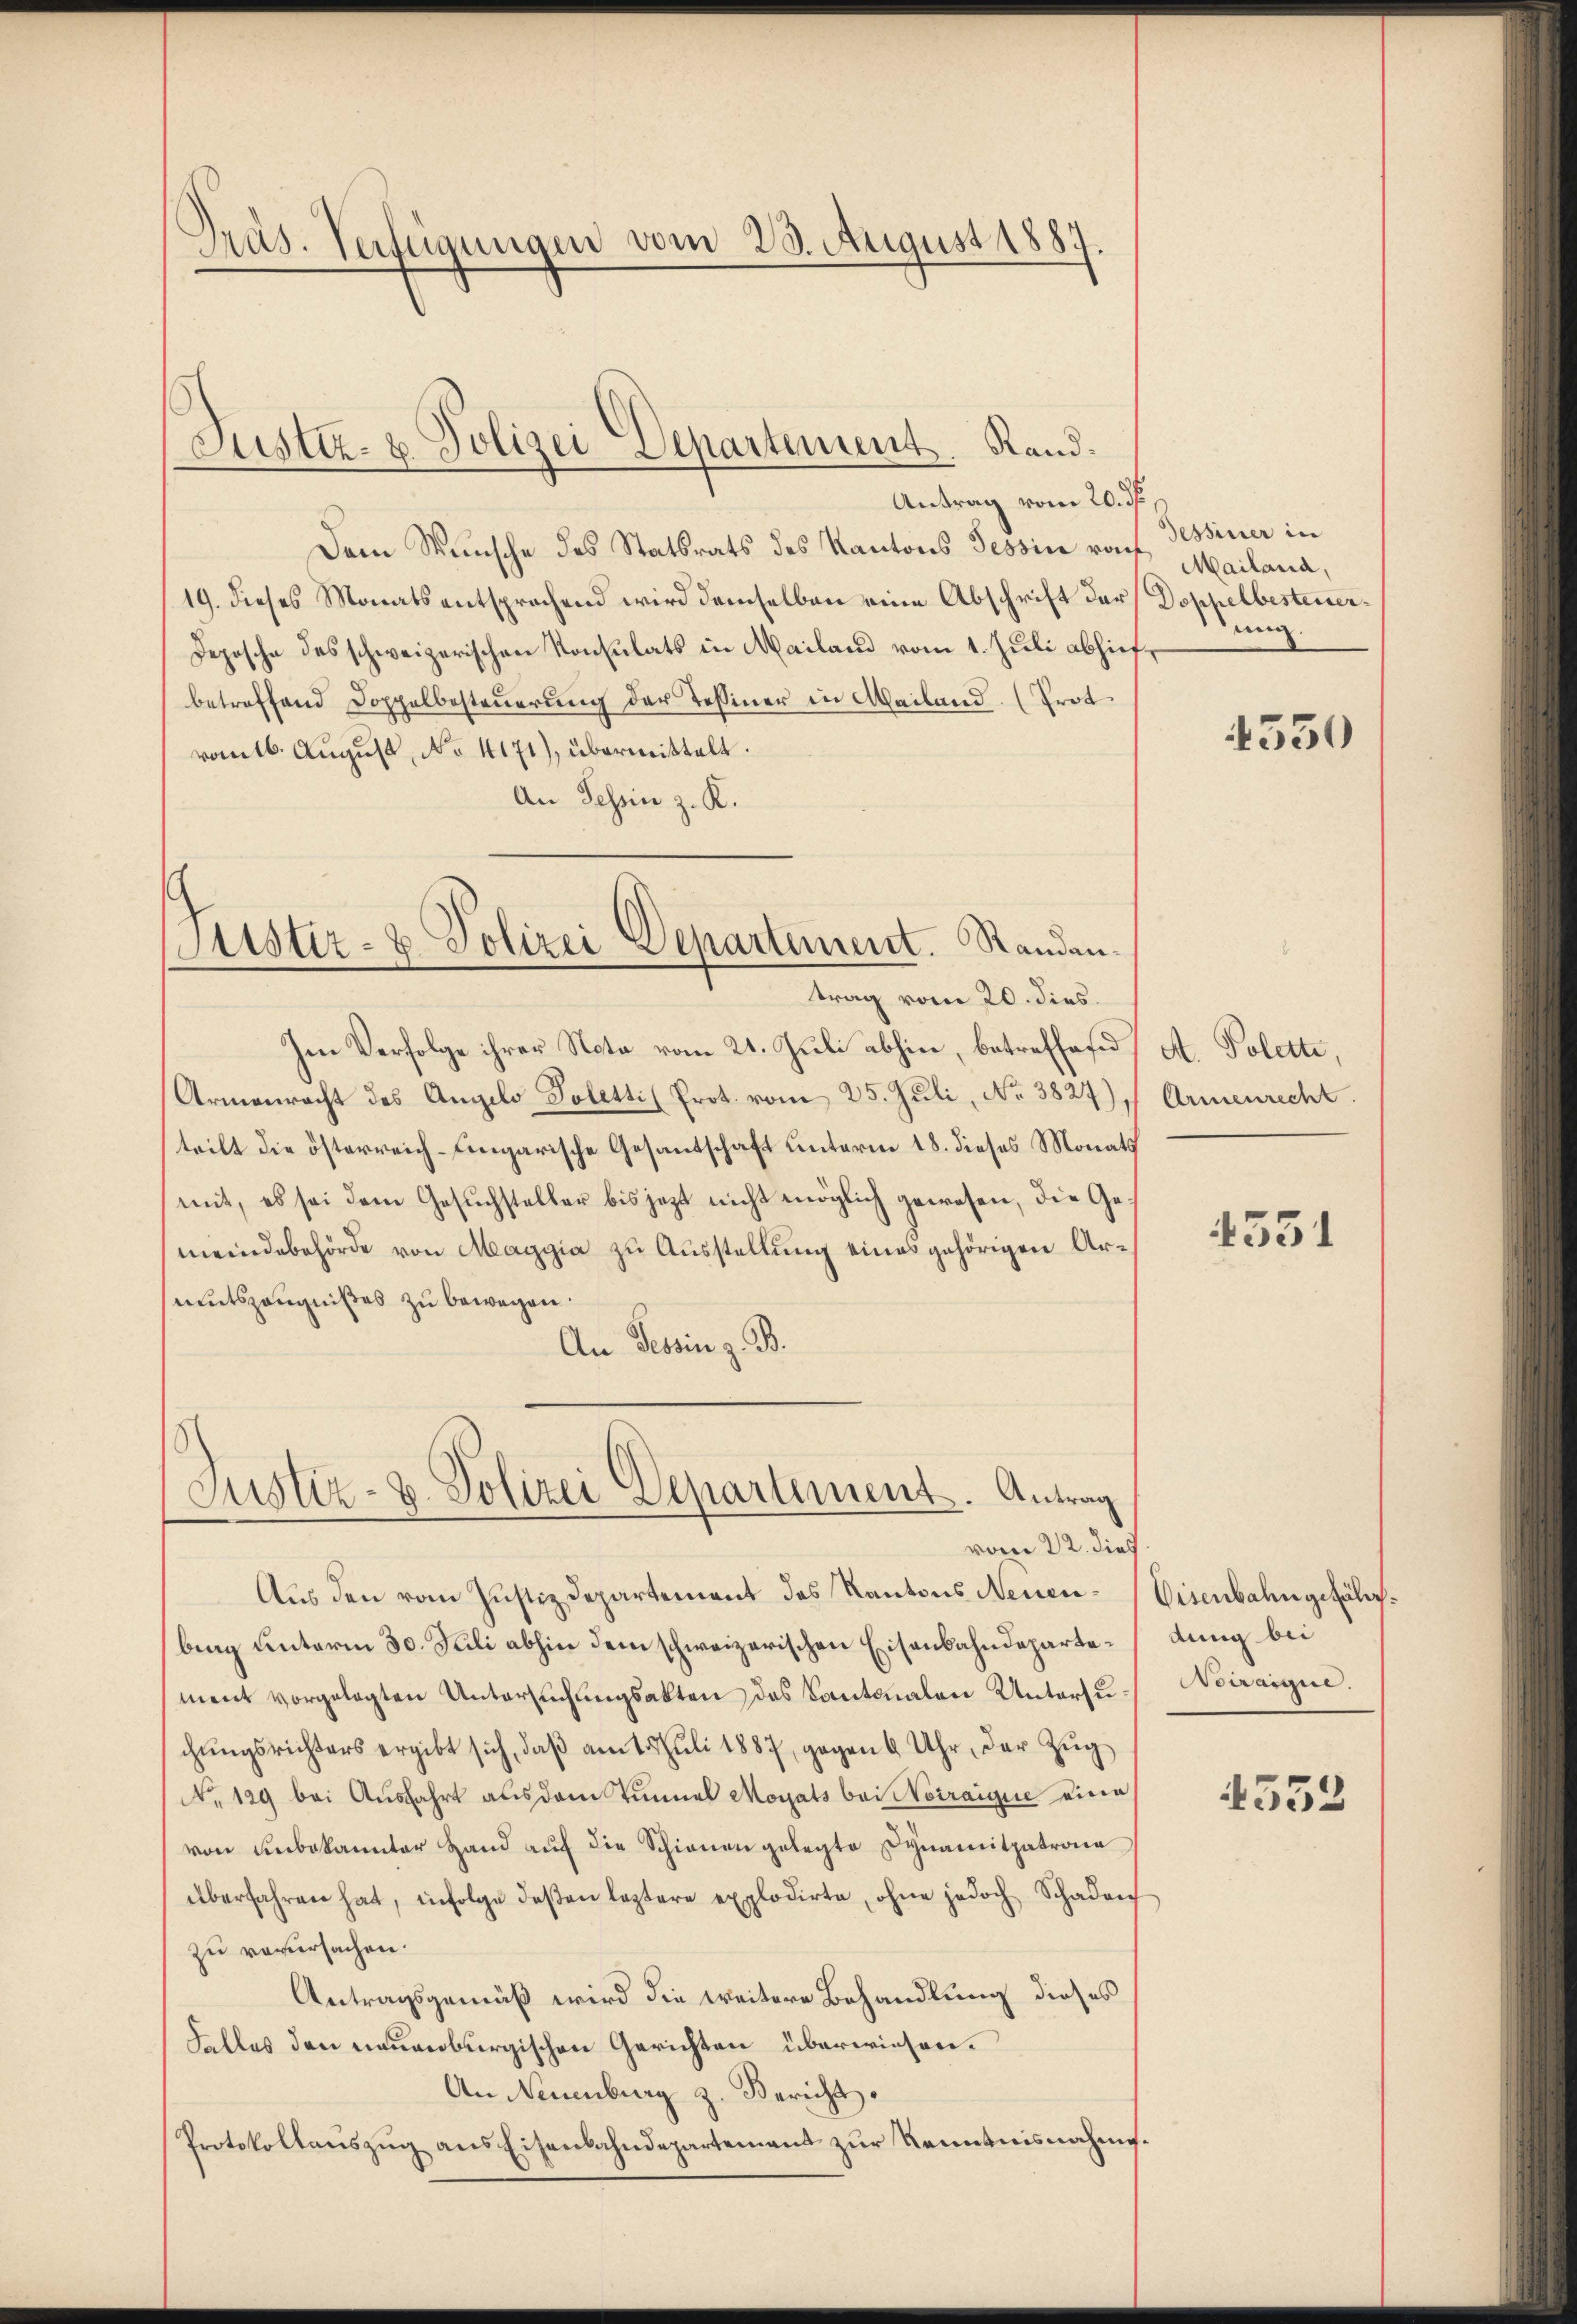
Präs. Verfügungen vom 23. August 1887

Justiz- & Polizei Departement. Rand.

Antrag vom 20. ds.
Dem Wunsche des Statsrats des Kantons Tessin rauf
19. dieses Monats entsprachend wird demselben eine Abschrift der Doppelbesteuer¬
Depesche des schweizerischen Konsulats in Mailand vom 1. Juli abhiefbetreffend Doppelbesteŭerŭng der Tessiner in Mailand. (Prot
vomtb. August, No 4171), übermittelt.
An Tessin z. K.

Sistir- & Polizei Departement. Randantrag vom 20. dies.

Im Verfolge ihrer Nota vom 21. Juli abhin, betreffend A. Polette,
Armenracht des Angelo Poletti Prot. vom 25. Juli, No 3827) Armenrecht.
teilt die österreich-Eingarische Gesantschaft unterm 18. dieses Monats
mit, es sei dem Gesuchsteller bis jezt nicht möglich gewesen, die Gemeindebehörde von Maggia zu Ausstellung eines gehörigen Armutszeugnißes zu bewegen.
An Tessin z. B.

Justiz- & Polizei Departement. Antrag
vom 22. dies

Tessiner in
Mailand,
eig.

Aus den vom Justizdepartement des Kantons Neuen-Eisenbahn gefährbing unterm 30. Juli abhin dem schweizerischen Eisenbahndepartement vorgelegten Untersuchungsakten des Kantonalen Untersuchŭngsrichters ergibt sich, daβ amt. Juli 1887, gegen 6 Uhr, der Zŭg
No. 129 bei Ausfahrt aus dem Tunnel Monats bei Notraigue eine
von unbekannter Hand auf die Schienen gelegte Dynamitpatrona
überfahren hat, infolge deβen leztere explodirte, ohne jedoch Schaden
zu verursachen.
Antragsgemäß wird die weitere Behandlung dieses
Falles den neuenburgischen Gerichten überwiesen.
An Neuenburg z. Bericht.
Protokollauszug aus Eisenbahndepartement zur Kenntnisnahme¬

1550

4331

dung bei
Odiraigne.

4352